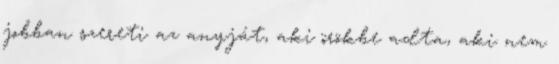
jobban szereti az anyját, aki örökbe adta, aki nem